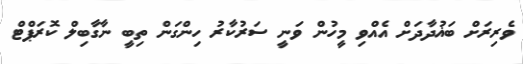
ވެރިރަށް ބަޣުދާދަށް އެއްވި މީހުން ވަނީ ސަރުކާރު ހިންގަން ތިބީ ނާގާބިލް ކޮރަޕްޓް